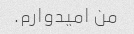
من امیدوارم.